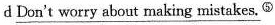
d \underline{Don't worry about making mistakes.} ⑤